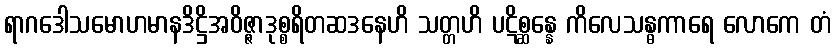
ရာဂဒေါသမောဟမာနဒိဋ္ဌိအဝိဇ္ဇာဒုစ္စရိတဆဒနေဟိ သတ္တဟိ ပဋိစ္ဆန္နေ ကိလေသန္ဓကာရေ လောကေ တံ